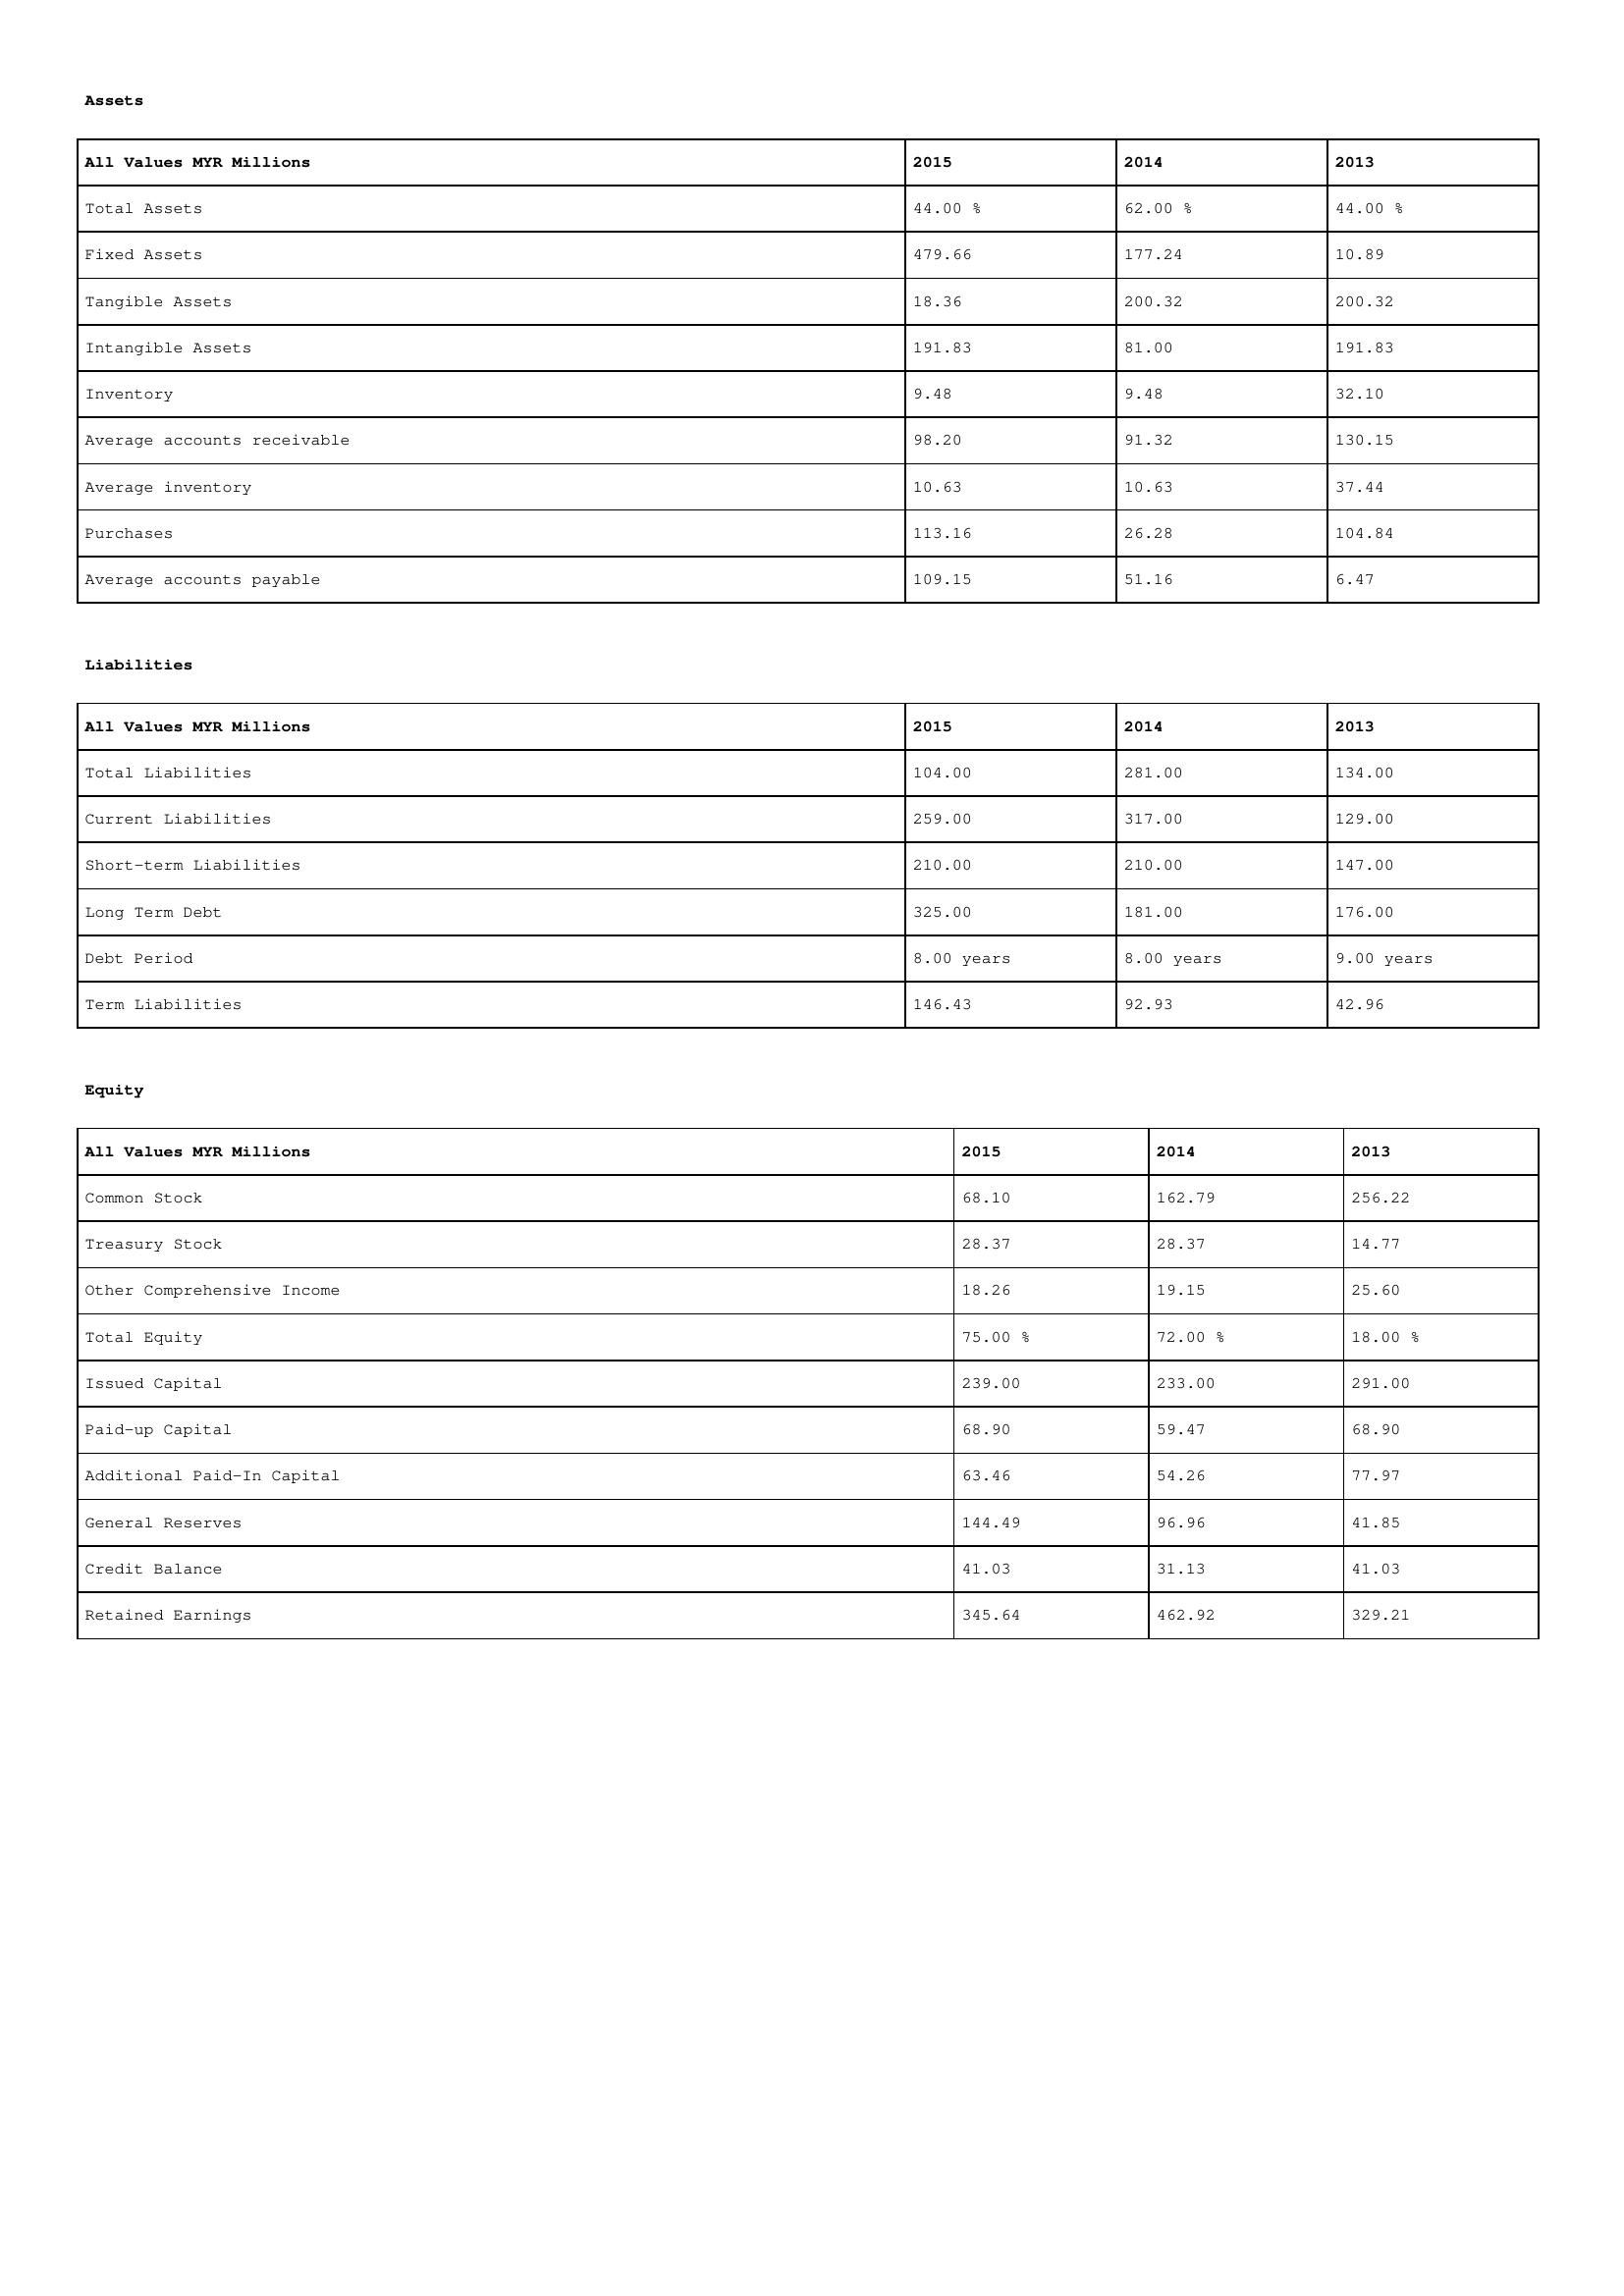
gt_parse: 2015: Assets: Total Assets: 44.00 %
Fixed Assets: 479.66
Tangible Assets: 18.36
Intangible Assets: 191.83
Inventory: 9.48
Average accounts receivable: 98.20
Average inventory: 10.63
Purchases: 113.16
Average accounts payable: 109.15
Liabilities: Total Liabilities: 104.00
Current Liabilities: 259.00
Short-term Liabilities: 210.00
Long Term Debt: 325.00
Debt Period: 8.00 years
Term Liabilities: 146.43
Equity: Common Stock: 68.10
Treasury Stock: 28.37
Other Comprehensive Income: 18.26
Total Equity: 75.00 %
Issued Capital: 239.00
Paid-up Capital: 68.90
Additional Paid-In Capital: 63.46
General Reserves: 144.49
Credit Balance: 41.03
Retained Earnings: 345.64
2014: Assets: Total Assets: 62.00 %
Fixed Assets: 177.24
Tangible Assets: 200.32
Intangible Assets: 81.00
Inventory: 9.48
Average accounts receivable: 91.32
Average inventory: 10.63
Purchases: 26.28
Average accounts payable: 51.16
Liabilities: Total Liabilities: 281.00
Current Liabilities: 317.00
Short-term Liabilities: 210.00
Long Term Debt: 181.00
Debt Period: 8.00 years
Term Liabilities: 92.93
Equity: Common Stock: 162.79
Treasury Stock: 28.37
Other Comprehensive Income: 19.15
Total Equity: 72.00 %
Issued Capital: 233.00
Paid-up Capital: 59.47
Additional Paid-In Capital: 54.26
General Reserves: 96.96
Credit Balance: 31.13
Retained Earnings: 462.92
2013: Assets: Total Assets: 44.00 %
Fixed Assets: 10.89
Tangible Assets: 200.32
Intangible Assets: 191.83
Inventory: 32.10
Average accounts receivable: 130.15
Average inventory: 37.44
Purchases: 104.84
Average accounts payable: 6.47
Liabilities: Total Liabilities: 134.00
Current Liabilities: 129.00
Short-term Liabilities: 147.00
Long Term Debt: 176.00
Debt Period: 9.00 years
Term Liabilities: 42.96
Equity: Common Stock: 256.22
Treasury Stock: 14.77
Other Comprehensive Income: 25.60
Total Equity: 18.00 %
Issued Capital: 291.00
Paid-up Capital: 68.90
Additional Paid-In Capital: 77.97
General Reserves: 41.85
Credit Balance: 41.03
Retained Earnings: 329.21